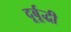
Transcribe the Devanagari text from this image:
दूर्बूद्धी